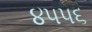
૪૫૫૬